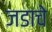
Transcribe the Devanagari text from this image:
जडाचे